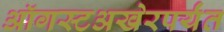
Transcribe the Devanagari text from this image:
ऑगस्टअखेरपर्यंत